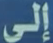
إلى